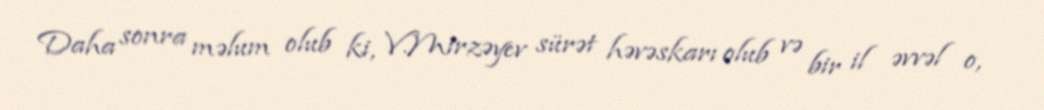
Daha sonra məlum olub ki, V.Mirzəyev sürət həvəskarı olub və bir il əvvəl o,